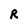
Character: R